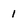
Character: 1